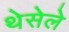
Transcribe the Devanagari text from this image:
थेसेले